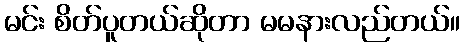
မင်း စိတ်ပူတယ်ဆိုတာ မမနားလည်တယ်။